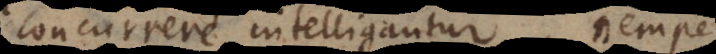
concurrere intelligantur, nemp